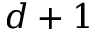
d + 1